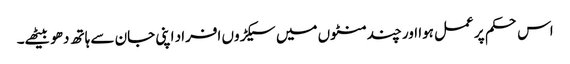
اس حکم پر عمل ہوا اور چند منٹوں میں سیکڑوں افراد اپنی جان سے ہاتھ دھو بیٹھے۔